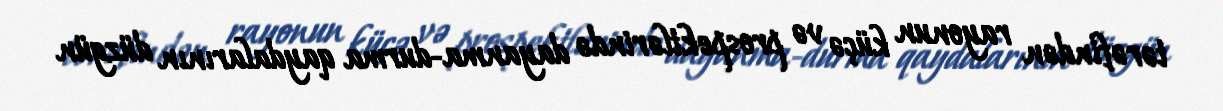
tərəfindən rayonun küçə və prospektlərində dayanma-durma qaydalarının düzgün